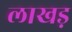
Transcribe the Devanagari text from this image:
लाखड़